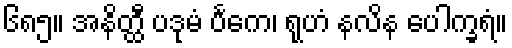
၆၈၅။ အနိတ္ထီ ပဒုမံ ပင်္ကေ၊ ရုဟံ နလိန ပေါက္ခရံ။